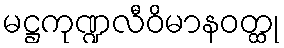
မဋ္ဌကုဏ္ဍလီဝိမာနဝတ္ထု